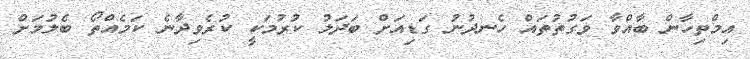
އިމްތިހާން ބާއްވާ ވަގުތުތައް ހެނދުނު ގަޑިއަށް ބަދަލު ކުރުމަކީ ކުރެވިދާނެ ކަމެއްތޯ ބެލުމަށް